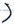
Text: S